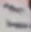
Text: 11